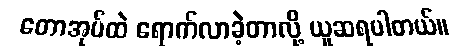
တောအုပ်ထဲ ရောက်လာခဲ့တာလို့ ယူဆရပါတယ်။